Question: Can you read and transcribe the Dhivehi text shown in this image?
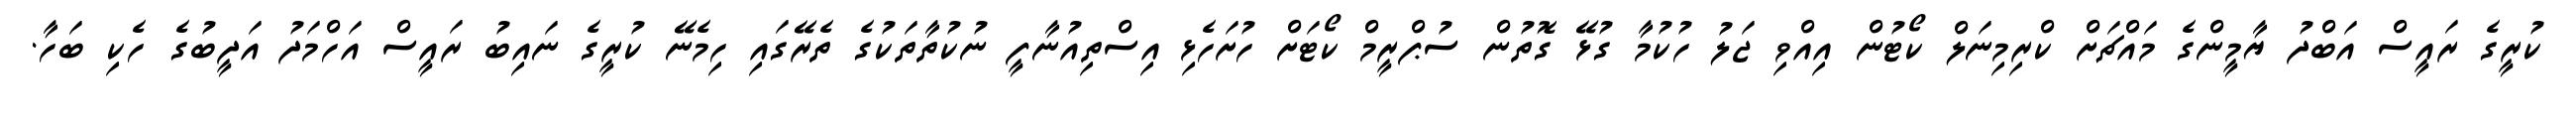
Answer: ކުރީގެ ރައީސް އަބްދު ޔާމީންގެ މައްޗަށް ކްރިމިނަލް ކޯޓުން އިއްވި ޖަލު ހުކުމާ ގުޅޭ ގޮތުން ސުޕްރީމް ކޯޓަށް ހުށަހެޅި އިސްތިއުނާފީ ނުކުތާތަކުގެ ތެރޭގައި ހިމެނޭ ކުރީގެ ނައިބު ރައީސް އަހްމަދު އަދީބުގެ ހެކި ބަހާ.